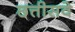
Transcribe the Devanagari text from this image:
छत्तीसवे